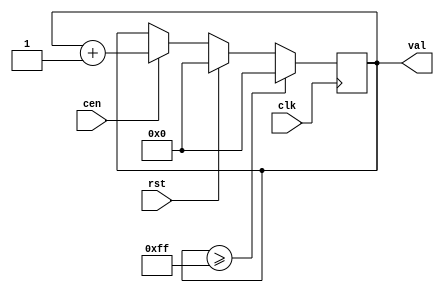
`timescale 1ns / 1ps
//////////////////////////////////////////////////////////////////////////////////
// Company: 
// Engineer: 
// 
// Design Name: 
// Module Name: bin_count
// Project Name: 
// Target Devices: 
// Tool Versions: 
// Description: 
// 
// Dependencies: 
// 
// Revision:
// Revision 0.01 - File Created
// Additional Comments:
// 
//////////////////////////////////////////////////////////////////////////////////


module bin_count #(parameter MAX_COUNT = 255, WIDTH = 8)
(
	input rst, clk, cen,
	output reg [WIDTH-1:0] val
);
    //reg [WIDTH-1:0] limit;
   // reg [WIDTH-1:0] tmp;
    
    //assign limit = $clog2(MAX_COUNT+1); width has to be in 
	//module description here
	always@(posedge(clk))
	begin
	   
	   begin
	       if(val >= MAX_COUNT)
	       val<=0;
	       else if(rst)
	       val <= 0;
	       else if (cen)
	       val <= val +1;
	   end
	   
	end
	
endmodule